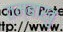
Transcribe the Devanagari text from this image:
तम्बाखु